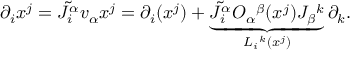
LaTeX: \partial _ { i } x ^ { j } = \tilde { J _ { i } ^ { \alpha } } v _ { \alpha } x ^ { j } = \partial _ { i } ( x ^ { j } ) + \underbrace { \tilde { J _ { i } ^ { \alpha } } O _ { \alpha } { } ^ { \beta } ( x ^ { j } ) J _ { \beta } { } ^ { k } } _ { L _ { i } { } ^ { k } ( x ^ { j } ) } \partial _ { k } .